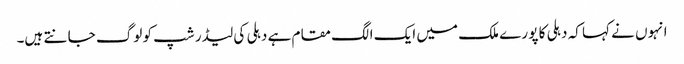
انہوں نے کہا کہ دہلی کا پو رے ملک میں ایک الگ مقام ہے دہلی کی لیڈر شپ کو لوگ جا نتے ہیں۔